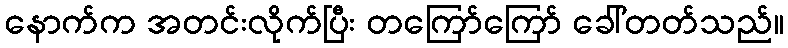
နောက်က အတင်းလိုက်ပြီး တကြော်ကြော် ခေါ်တတ်သည်။